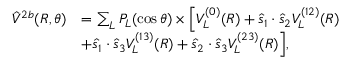
\begin{array} { r l } { \hat { V } ^ { 2 b } ( R , \theta ) } & { = \sum _ { L } P _ { L } ( \cos \theta ) \times \Big [ V _ { L } ^ { ( 0 ) } ( R ) + \hat { s } _ { 1 } \cdot \hat { s } _ { 2 } V _ { L } ^ { ( 1 2 ) } ( R ) } \\ & { + \hat { s } _ { 1 } \cdot \hat { s } _ { 3 } V _ { L } ^ { ( 1 3 ) } ( R ) + \hat { s } _ { 2 } \cdot \hat { s } _ { 3 } V _ { L } ^ { ( 2 3 ) } ( R ) \Big ] , } \end{array}